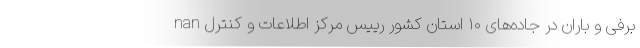
nan برفی و باران در جاده‌های ۱۰ استان کشور رییس مرکز اطلاعات و کنترل